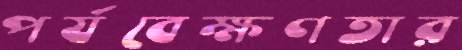
পর্যবেক্ষণতার